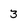
Character: 3